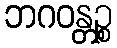
ဘဂဝန္တဉ္စ